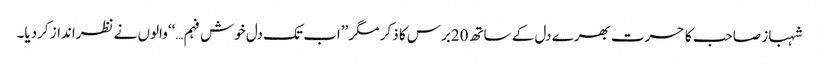
شہباز صاحب کا حسرت بھرے دل کے ساتھ20برس کا ذکر مگر ’’اب تک دل خوش فہم…‘‘والوں نے نظرانداز کردیا۔